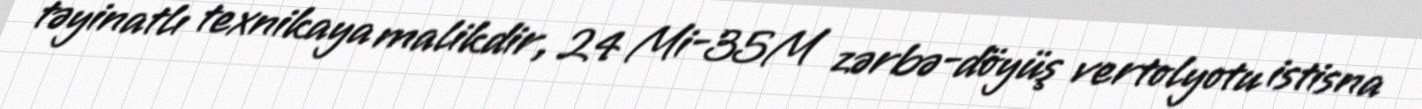
təyinatlı texnikaya malikdir, 24 Mi-35M zərbə-döyüş vertolyotu istisna